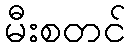
မီးစတင်